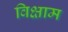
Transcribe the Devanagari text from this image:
विक्षाम